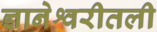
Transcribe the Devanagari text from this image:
ज्ञानेश्वरीतली